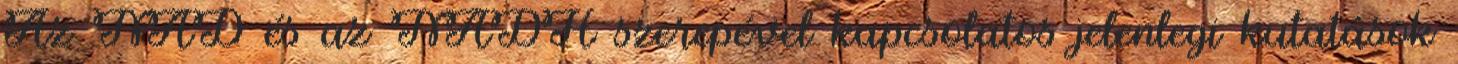
Az NAD és az NADH szerepével kapcsolatos jelenlegi kutatások